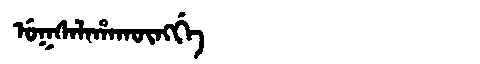
Manchu: ᡠᡴᠰᠠᠯᠠᡥᠠᡴᡡᠩᡤᡝ
Romanization: UKSALAHAKŪNGGE